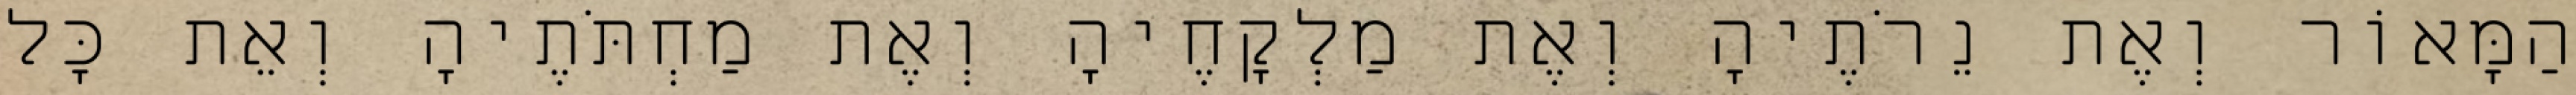
הַמָּאוֹר וְאֶת נֵרֹתֶיהָ וְאֶת מַלְקָחֶיהָ וְאֶת מַחְתֹּתֶיהָ וְאֵת כָּל